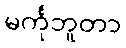
မင်္ကုဘူတာ